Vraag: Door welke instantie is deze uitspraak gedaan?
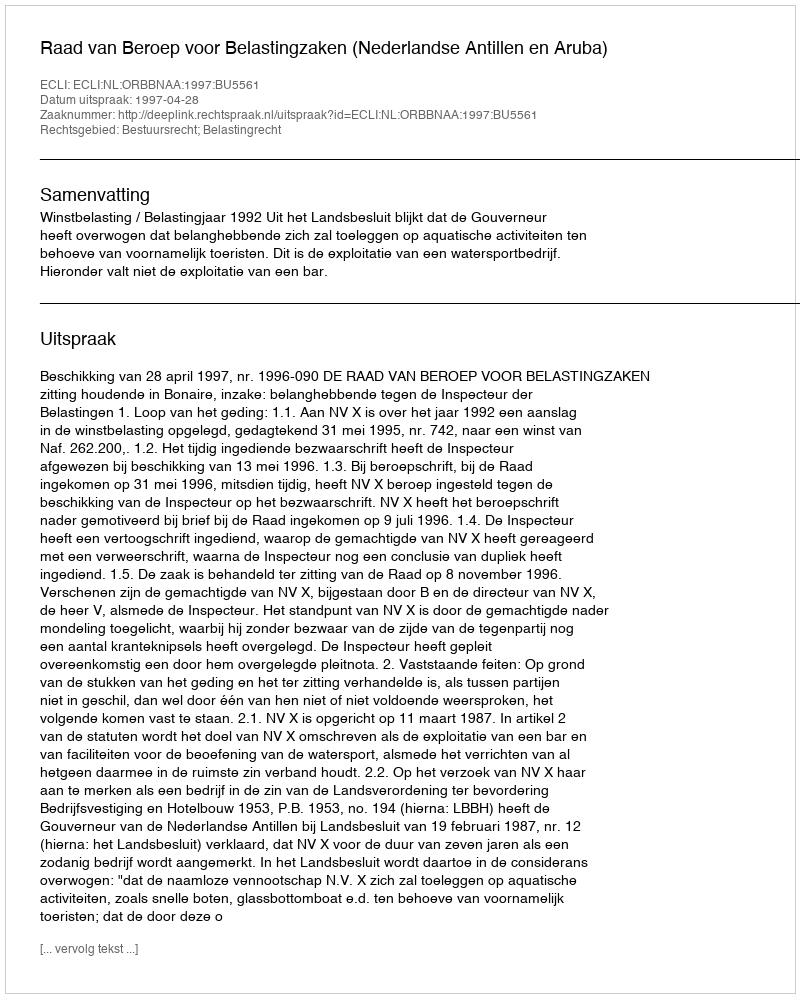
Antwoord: Raad van Beroep voor Belastingzaken (Nederlandse Antillen en Aruba)